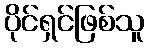
ပိုင်ရှင်ဖြစ်သူ